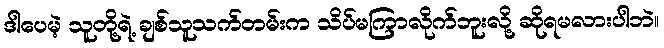
ဒါပေမဲ့ သူတို့ရဲ့ ချစ်သူသက်တမ်းက သိပ်မကြာလိုက်ဘူးလို့ ဆိုရမလားပါဘဲ။